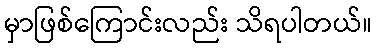
မှာဖြစ်ကြောင်းလည်း သိရပါတယ်။